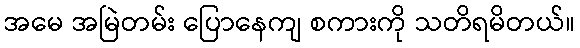
အမေ အမြဲတမ်း ပြောနေကျ စကားကို သတိရမိတယ်။